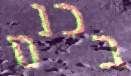
בכנס